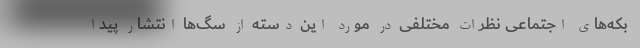
بکه‌های اجتماعی نظرات مختلفی در مورد این دسته از سگ‌ها انتشار پیدا